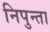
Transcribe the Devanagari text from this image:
निपुन्ता